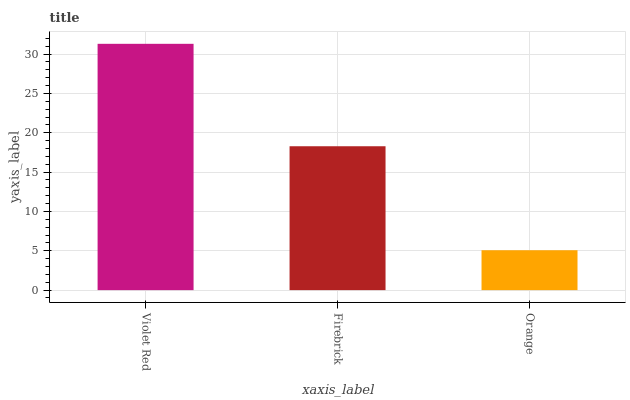
| xaxis_label | bars |
 | --- | --- |
 | Violet Red | 31.3 |
 | Firebrick | 18.3 |
 | Orange | 5.07 |